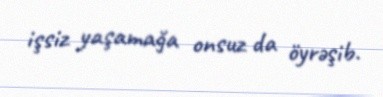
işsiz yaşamağa onsuz da öyrəşib.